Triennial report on the lunatic asylums in the province of Eastern Bengal and Assam - 1903-1911
Year: 1903
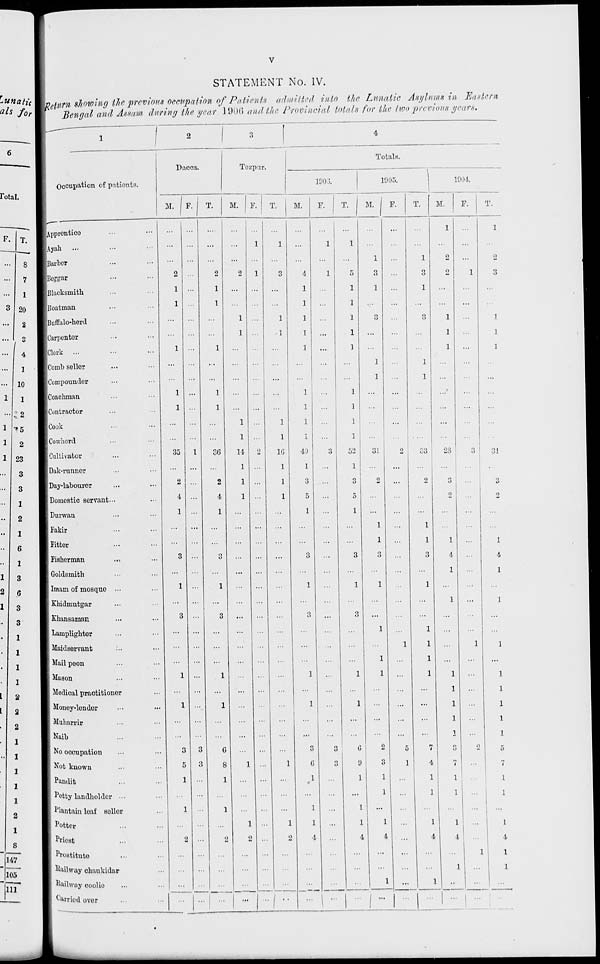
v
STATEMENT No. IV.
Return showing the previous occupation of Patients
admitted into the Lunatic Asylums in Eastern
Bengal and Assam during the year 1906 and the Provincial totals for the two previous years.
1
Occupation of patients.
Apprentice ... ...
Ayah ... ... ...
Barber ... ...
Beggar ... ...
Blacksmith ... ...
Boatman ... ...
Buffalo-herd ... ...
Carpenter ... ...
Clerk ... ... ...
Comb seller ... ...
Compounder ... ...
Coachman ... ...
Contractor ... ...
Cook ... ...
Cowhord ... ...
Cultivator ... ...
Dak-runner ... ...
Day-labourer ... ...
Domestic servant... ...
Durwan ... ...
Fakir ... ...
Fitter ... ...
Fisherman ... ...
Goldsmith ... ...
Imam of mosque ... ...
Khidmutgar ... ...
Khansaman ... ...
Lamplighter ... ...
Maidservant ... ...
Mail peon ... ...
Mason ... ...
Medical practitioner ...
Money-lender ... ...
Muharrir ... ...
Naib ... ...
No occupation ... ...
Not known ... ...
Pandit ... ...
Petty landholder ... ...
Plantain leaf seller ...
Potter ... ...
Priest ... ...
Prostitute ... ...
Railway chaukidar ...
Railway coolie ... ...
Carried over ... ...
2
Dacca.
M.
...
...
...
2
1
1
...
...
1
...
...
1
1
...
...
35
...
2
4
1
...
...
3
...
1
...
3
...
...
...
1
...
1
...
...
3
5
1
...
1
...
2
...
...
...
...
F.
...
...
...
...
...
...
...
...
...
...
...
...
...
...
...
1
...
...
...
...
...
...
...
...
...
...
...
...
...
...
...
...
...
...
...
3
3
...
...
...
...
...
...
...
...
...
T.
...
...
...
2
1
1
...
...
1
...
...
1
1
...
...
36
...
2
4
1
...
...
3
...
1
...
3
...
...
...
1
...
1
...
...
6
8
1
...
1
...
2
...
...
...
...
3
Tezpur.
M.
...
...
...
2
...
...
1
1
...
...
...
...
...
1
1
14
1
1
1
...
...
...
...
...
...
...
...
...
...
...
...
...
...
...
...
...
1
...
...
...
1
2
...
...
...
...
F.
...
1
...
1
...
...
...
...
...
...
...
...
...
...
...
2
...
...
...
...
...
...
...
...
...
...
...
...
...
...
...
...
...
...
...
...
...
...
...
...
...
...
...
...
...
...
T.
...
1
...
3
...
...
1
1
...
...
...
...
...
1
1
16
1
1
1
...
...
...
...
...
...
...
...
...
...
...
...
...
...
...
...
...
1
...
...
...
1
2
...
...
...
...
4
Totals.
1906.
M.
...
...
...
4
1
1
1
1
1
...
...
1
1
1
1
49
1
3
5
1
...
...
3
...
1
...
3
...
...
...
1
...
1
...
...
3
6
1
...
1
1
4
...
...
...
...
F.
...
1
...
1
...
...
...
...
...
...
...
...
...
...
...
3
...
...
...
...
...
...
...
...
...
...
...
...
...
...
...
...
...
...
...
3
3
...
...
...
...
...
...
...
...
...
T.
...
1
...
5
1
1
1
1
1
...
...
1
1
1
1
52
1
3
5
1
...
...
3
...
1
...
3
...
...
...
1
...
1
...
...
6
9
1
...
1
1
4
...
...
...
...
1905.
M.
...
...
1
3
1
...
3
...
...
1
1
...
...
...
...
31
...
2
...
...
1
1
3
...
1
...
...
1
...
1
1
...
...
...
...
2
3
1
1
...
1
4
...
...
1
...
F.
...
...
...
...
...
...
...
...
...
...
...
...
...
...
...
2
...
...
...
...
...
...
...
...
...
...
...
...
1
...
...
...
...
...
...
5
1
...
...
...
...
...
...
...
...
...
T.
...
...
1
3
1
...
3
...
...
1
1
...
...
...
...
33
...
2
...
...
1
1
3
...
1
...
...
1
1
1
1
...
...
...
...
7
4
1
1
...
1
4
...
...
1
...
1904.
M.
1
...
2
2
...
...
1
1
1
...
...
...
...
...
...
28
...
3
2
...
...
1
4
1
...
1
...
...
...
...
1
1
1
1
1
3
7
1
1
...
1
4
...
1
...
...
F.
...
...
...
1
...
...
...
...
...
...
...
...
...
...
...
3
...
...
...
...
...
...
...
...
...
...
...
...
1
...
...
...
...
...
...
2
...
...
...
...
...
...
1
...
...
...
T.
1
...
2
3
...
...
1
1
1
...
...
...
...
...
...
31
...
3
2
...
...
1
4
1
...
1
...
...
1
...
1
1
1
1
1
5
7
1
1
...
1
4
1
1
...
...